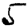
Digit: 5